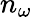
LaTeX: n_{\omega}